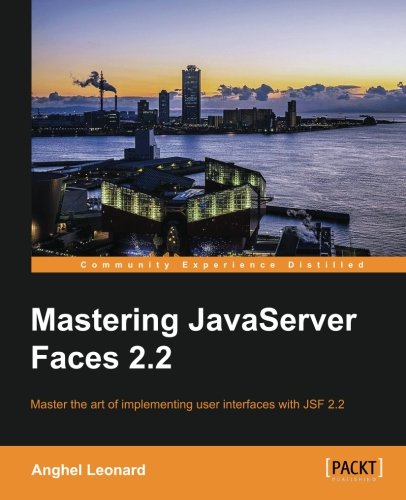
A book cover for Mastering JavaServer Faces 2.2; Anghel Leonard; Computers & Technology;